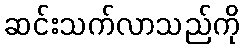
ဆင်းသက်လာသည်ကို